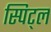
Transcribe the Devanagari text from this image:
स्पिट्ल